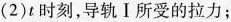
(2)t时刻，导轨Ⅰ所受的拉力；